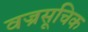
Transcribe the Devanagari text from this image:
वज्रसूचिक